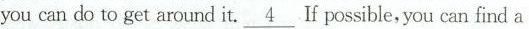
you can do to get around it. \underline{4} If possible, you can find a